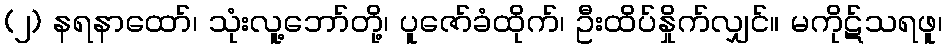
(၂) နရနာထော်၊ သုံးလူ့ဘော်တို့၊ ပူဇော်ခံထိုက်၊ ဦးထိပ်နှိုက်လျှင်။ မကိုဋ်သရဖူ၊